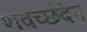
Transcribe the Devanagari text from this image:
शवच्छंदेन